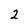
Character: 2